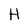
Character: H